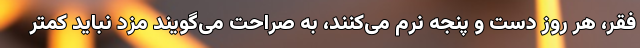
فقر، هر روز دست و پنجه نرم می‌کنند، به صراحت می‌گویند مزد نباید کمتر